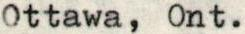
Ottawa, Ont.